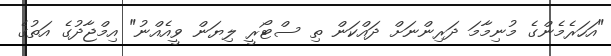
"އަހަރެމެންގެ މުނިމާމަ ދަރިންނަށް ދައްކަން ތި ސްޓޯރީ ލިޔަން ވީއެއްނު" އިމްޖާދުގެ އަތުގެ